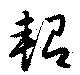
軺